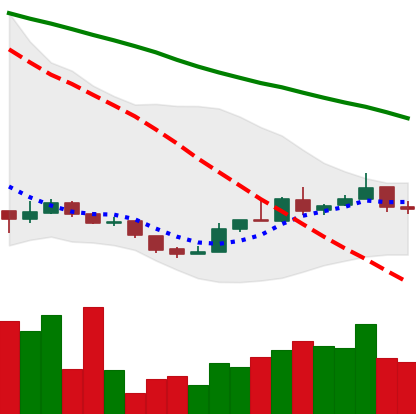
Ticker: XLM-USD
Chart end date: 2018-12-26
Forward return: -6.462%
Label: down_5_7